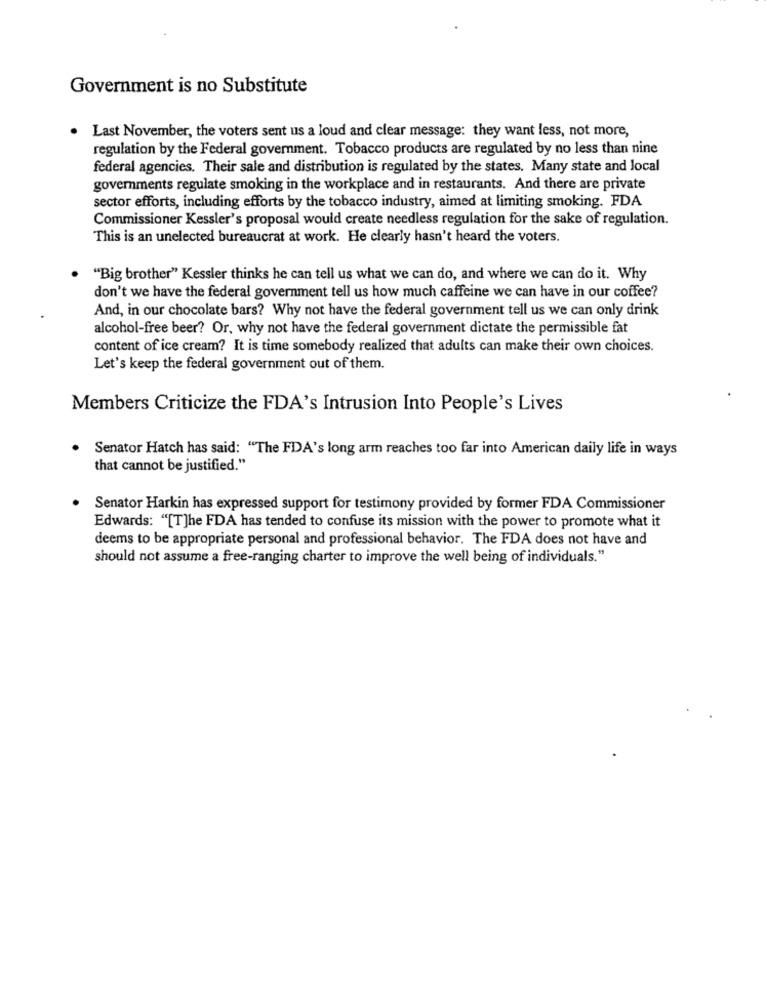
Government is no Substitute
. Last November, the voters sent us a loud and clear message: they want less, not more,
regulation by the Federal government. Tobacco products are regulated by no less than nine
federal agencies. Their sale and distribution is regulated by the states. Many state and local
governments regulate smoking in the workplace and in restaurants. And there are private
sector efforts, including efforts by the tobacco industry, aimed at limiting smoking. FDA
Commissioner Kessler's proposal would create needless regulation for the sake of regulation.
This is an unelected bureaucrat at work. He clearly hasn't heard the voters.
"Big brother" Kessler thinks he can tell us what we can do, and where we can do it. Why
don't we have the federal government tell us how much caffeine we can have in our coffee?
And, in our chocolate bars? Why not have the federal government tell us we can only drink
alcohol-free beer? Or, why not have the federal government dictate the permissible fat
content of ice cream? It is time somebody realized that adults can make their own choices.
Let's keep the federal government out of them.
Members Criticize the FDA's Intrusion Into People's Lives
Senator Hatch has said: "The FDA's long arm reaches too far into American daily life in ways
that cannot be justified."
Senator Harkin has expressed support for testimony provided by former FDA Commissioner
Edwards: "[T]he FDA has tended to confuse its mission with the power to promote what it
deems to be appropriate personal and professional behavior. The FDA does not have and
should not assume a free-ranging charter to improve the well being of individuals."